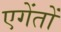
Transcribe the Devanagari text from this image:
एगेंतों